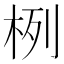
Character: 栵